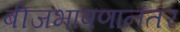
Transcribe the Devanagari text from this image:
बीजभाषणानंतर